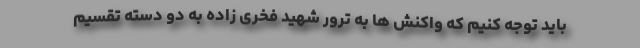
باید توجه کنیم که واکنش ها به ترور شهید فخری زاده به دو دسته تقسیم